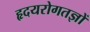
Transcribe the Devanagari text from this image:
हृदयरोगतज्ञों